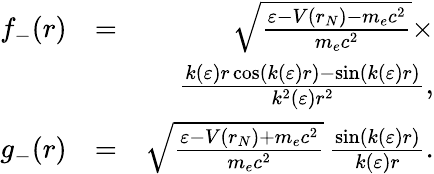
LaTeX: \begin{array}{rlr}{f_{-}(r)}&{=}&{\sqrt{\frac{\varepsilon-V(r_{N})-m_{e}c^{2}}{m_{e}c^{2}}}\times}\\ &{}&{\frac{k(\varepsilon)r\cos(k(\varepsilon)r)-\sin(k(\varepsilon)r)}{k^{2}(\varepsilon)r^{2}},}\\ {g_{-}(r)}&{=}&{\sqrt{\frac{\varepsilon-V(r_{N})+m_{e}c^{2}}{m_{e}c^{2}}}\, \frac{\sin(k(\varepsilon)r)}{k(\varepsilon)r}.}\end{array}